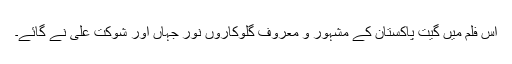
اس فلم میں گیت پاکستان کے مشہور و معروف گلوکاروں نور جہاں اور شوکت علی نے گائے۔